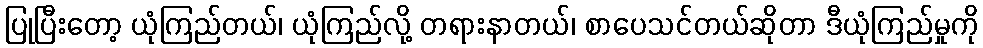
ပြုပြီးတော့ ယုံကြည်တယ်၊ ယုံကြည်လို့ တရားနာတယ်၊ စာပေသင်တယ်ဆိုတာ ဒီယုံကြည်မှုကို